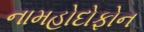
નામહોદોફોન